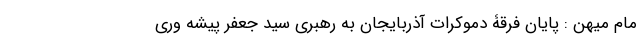
مام میهن : پایان فرقۀ دموکرات آذربایجان به رهبری سید جعفر پیشه وری